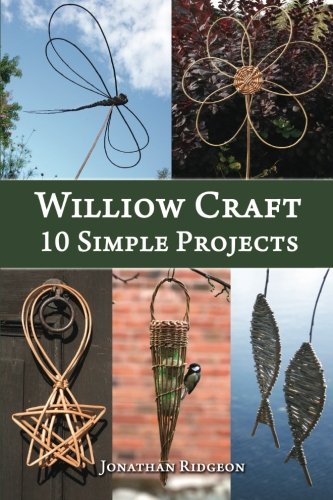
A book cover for Willow Craft: 10 Simple Projects (Weaving & Basketry Series) (Volume 2); Jonathan Ridgeon; Crafts, Hobbies & Home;